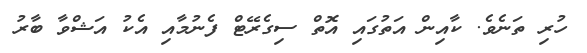
ހުރި ތަނެވެ. ކާއިން އަތުގައި އޮތް ސިގެރޭޓް ފެނުމާއި އެކު އަޝްވާ ބާރު